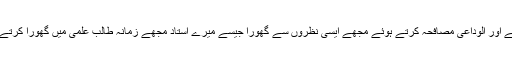
وہ بھنّا کر اٹھے اور الوداعی مصافحہ کرتے ہوئے مجھے ایسی نظروں سے گھورا جیسے میرے استاد مجھے زمانہ طالب علمی میں گھورا کرتے تھے کہ بچّہ!